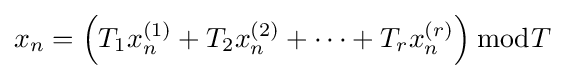
x_{n}=\left(T_{1}x_{n}^{(1)}+T_{2}x_{n}^{(2)}+\dots +T_{r}x_{n}^{(r)}\right){\bmod {T}}